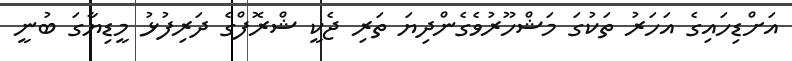
އަށްޑިހައިގެ އަހަރު ތަކުގަ މަޝްހޫރުވެގެންދިޔަ ތަރި ޖެކީ ޝްރޮފްގެ ދަރިފުޅު މީޑިޔާގަ ބުނީ